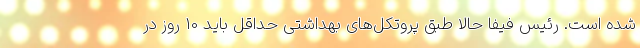
شده است. رئیس فیفا حالا طبق پروتکل‌های بهداشتی حداقل باید 10 روز در